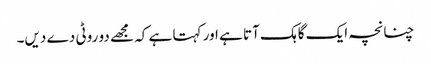
چنانچہ ایک گاہک آتا ہے اور کہتا ہے کہ مجھے دو روٹی دے دیں۔